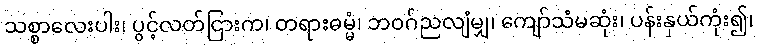
သစ္စာလေးပါး၊ ပွင့်လတ်ငြားက၊ တရားဓမ္မံ၊ ဘဝဂ်ညလျံမျှ၊ ကျော်သံမဆုံး၊ ပန်းနှယ်ကုံး၍၊